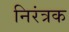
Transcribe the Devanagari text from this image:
निरंत्रक